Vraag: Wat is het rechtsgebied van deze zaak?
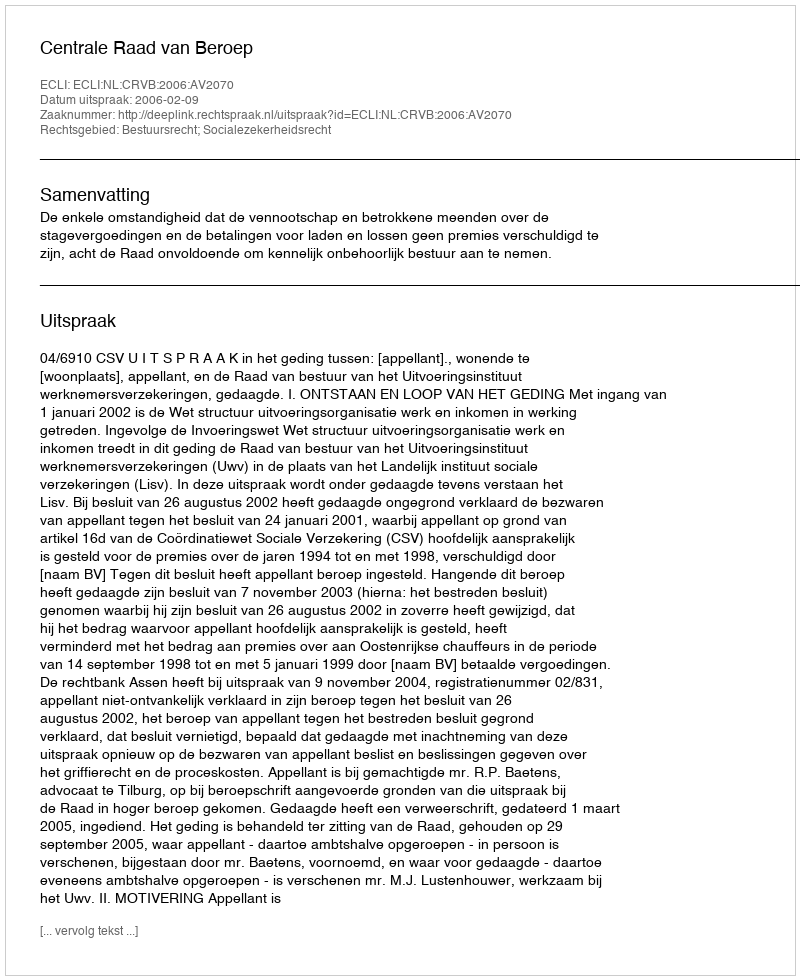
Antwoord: Bestuursrecht; Socialezekerheidsrecht